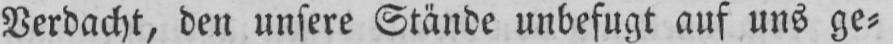
Verdacht, den unsere Stände unbefugt auf uns ge⸗